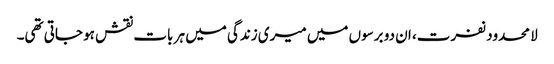
لا محدود نفرت، ان دو برسوں میں میری زندگی میں ہر بات نقش ہو جاتی تھی۔